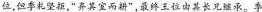
位，但季札坚拒，“弃其室而耕”，最终王位由其长兄继承。季